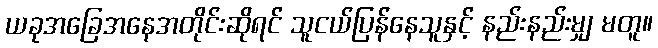
ယခုအခြေအနေအတိုင်းဆိုရင် သူငယ်ပြန်နေသူနှင့် နည်းနည်းမျှ မတူ။